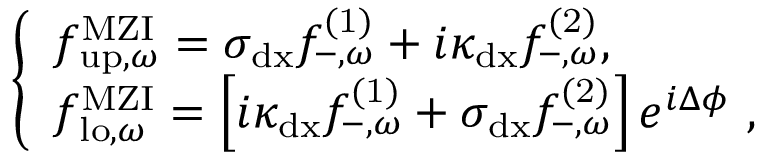
\begin{array} { r } { \left\{ \begin{array} { l l } { { f } _ { \mathrm { u p } , \omega } ^ { \mathrm { M Z I } } = \sigma _ { \mathrm { d x } } { f } _ { - , \omega } ^ { \mathrm { ( 1 ) } } + i \kappa _ { \mathrm { d x } } { f } _ { - , \omega } ^ { \mathrm { ( 2 ) } } , } \\ { { f } _ { \mathrm { l o } , \omega } ^ { \mathrm { M Z I } } = \left[ i \kappa _ { \mathrm { d x } } { f } _ { - , \omega } ^ { \mathrm { ( 1 ) } } + \sigma _ { \mathrm { d x } } { f } _ { - , \omega } ^ { \mathrm { ( 2 ) } } \right] e ^ { i \Delta \phi } \ , } \end{array} \right. } \end{array}